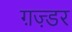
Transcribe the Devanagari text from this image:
ग़ज़्डर